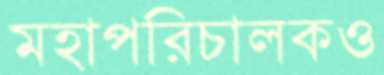
মহাপরিচালকও